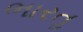
ભારતૢ